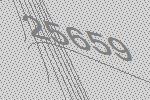
25659